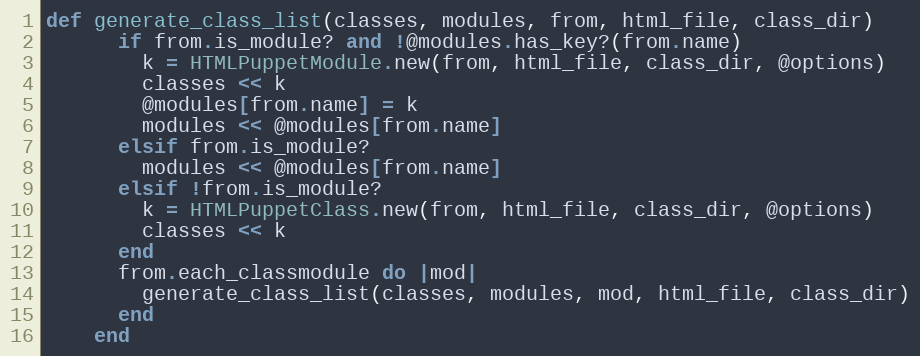
Language: Ruby
def generate_class_list(classes, modules, from, html_file, class_dir)
      if from.is_module? and !@modules.has_key?(from.name)
        k = HTMLPuppetModule.new(from, html_file, class_dir, @options)
        classes << k
        @modules[from.name] = k
        modules << @modules[from.name]
      elsif from.is_module?
        modules << @modules[from.name]
      elsif !from.is_module?
        k = HTMLPuppetClass.new(from, html_file, class_dir, @options)
        classes << k
      end
      from.each_classmodule do |mod|
        generate_class_list(classes, modules, mod, html_file, class_dir)
      end
    end